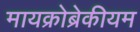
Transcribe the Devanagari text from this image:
मायक्रोब्रेकीयम